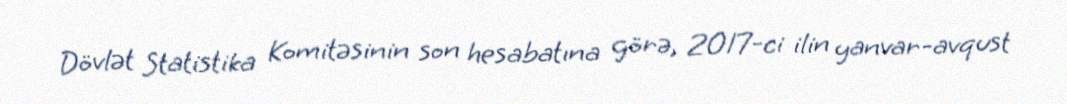
Dövlət Statistika Komitəsinin son hesabatına görə, 2017-ci ilin yanvar-avqust